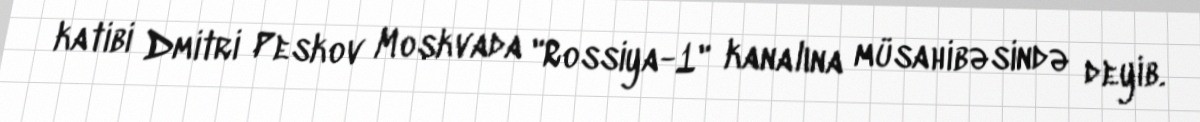
katibi Dmitri Peskov Moskvada "Rossiya-1" kanalına müsahibəsində deyib.